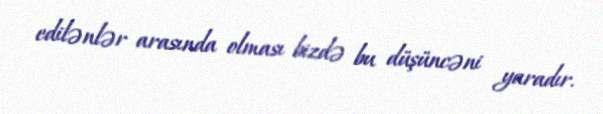
edilənlər arasında olması bizdə bu düşüncəni yaradır.